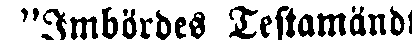
"Imbördes Testamändt: